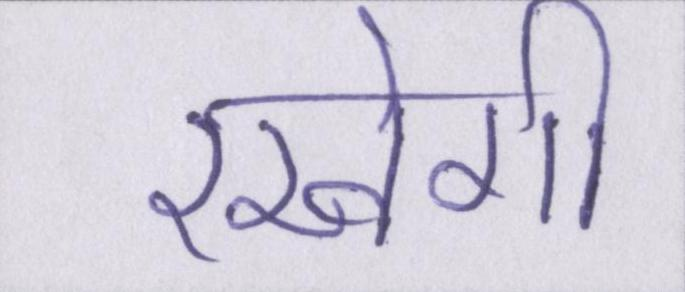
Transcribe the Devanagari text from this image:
रखेगी